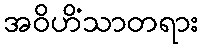
အဝိဟိံသာတရား